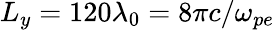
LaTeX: L_{y}=120\lambda_{0}=8\pi c/\omega_{pe}